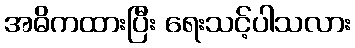
အဓိကထားပြီး ရေးသင့်ပါသလား